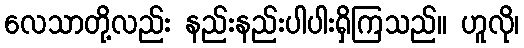
လေသာတို့လည်း နည်းနည်းပါပါးရှိကြသည်။ ဟူလို၊